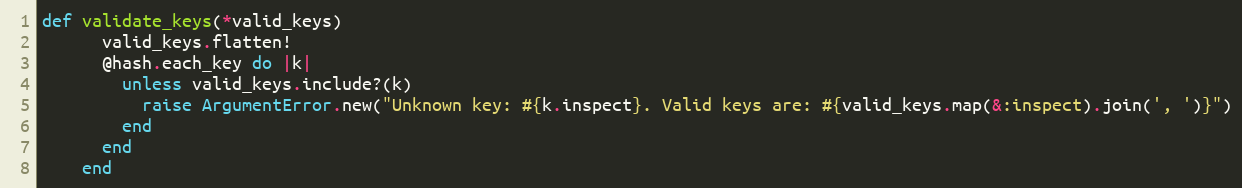
Language: Ruby
def validate_keys(*valid_keys)
      valid_keys.flatten!
      @hash.each_key do |k|
        unless valid_keys.include?(k)
          raise ArgumentError.new("Unknown key: #{k.inspect}. Valid keys are: #{valid_keys.map(&:inspect).join(', ')}")
        end
      end
    end